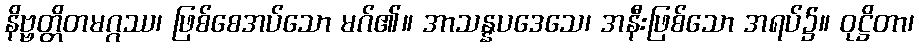
နိဗ္ဗတ္တိတမဂ္ဂဿ၊ ဖြစ်စေအပ်သော မဂ်၏။ အာသန္နပဒေသေ၊ အနီးဖြစ်သော အရပ်၌။ ဝုဋ္ဌိတာ၊